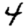
Digit: 4